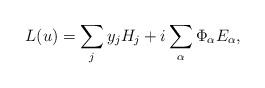
LaTeX: \begin{align*}L(u)=\sum_{j} y_jH_j+i\sum_{\alpha} \Phi_{\alpha}E_{\alpha},\end{align*}